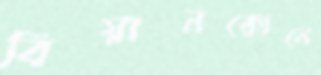
বিয়ানকোনে